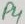
Text: P4